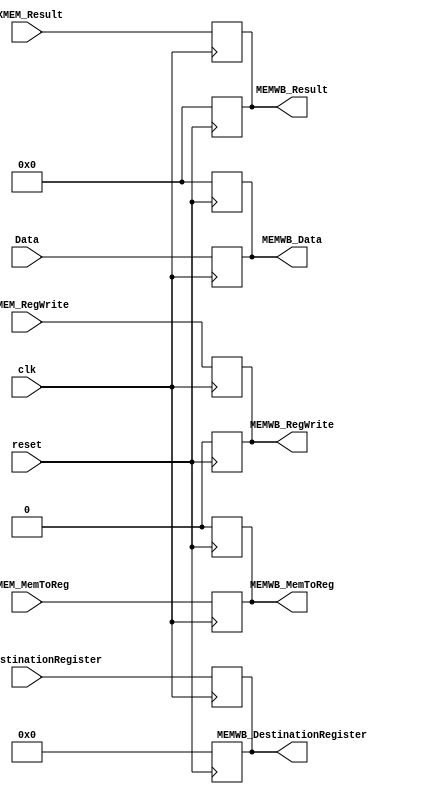
`timescale 1ns / 1ps

module MEMWB(
    input clk, 
    input reset,
    input [31:0] EXMEM_Result,
    input [31:0] Data,
    input [4:0] EXMEM_DestinationRegister,
    input EXMEM_MemToReg,
    input EXMEM_RegWrite,
    output reg [31:0] MEMWB_Result,
    output reg [31:0] MEMWB_Data,
    output reg [4:0] MEMWB_DestinationRegister,
    output reg MEMWB_MemToReg,
    output reg MEMWB_RegWrite
);

always@(negedge reset)
begin
    MEMWB_Result <= 0;
    MEMWB_Data <= 0;
    MEMWB_DestinationRegister <= 0;
    MEMWB_MemToReg <= 0;
    MEMWB_RegWrite <= 0;
end

always@(posedge clk)
begin
    MEMWB_Result <= EXMEM_Result;
    MEMWB_Data <= Data;
    MEMWB_DestinationRegister <= EXMEM_DestinationRegister;
    MEMWB_MemToReg <= EXMEM_MemToReg;
    MEMWB_RegWrite <= EXMEM_RegWrite;
end
endmodule